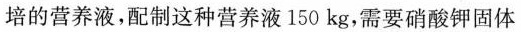
培的营养液，配制这种营养液 150 kg，需要硝酸钾固体